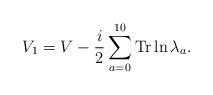
LaTeX: \begin{align*}V_1 = V - {i\over 2} \sum_{a=0}^{10} {\rm Tr}\ln\lambda_a.\end{align*}